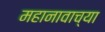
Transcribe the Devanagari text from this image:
महानावाच्या